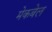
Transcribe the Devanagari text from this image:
मेकबेल